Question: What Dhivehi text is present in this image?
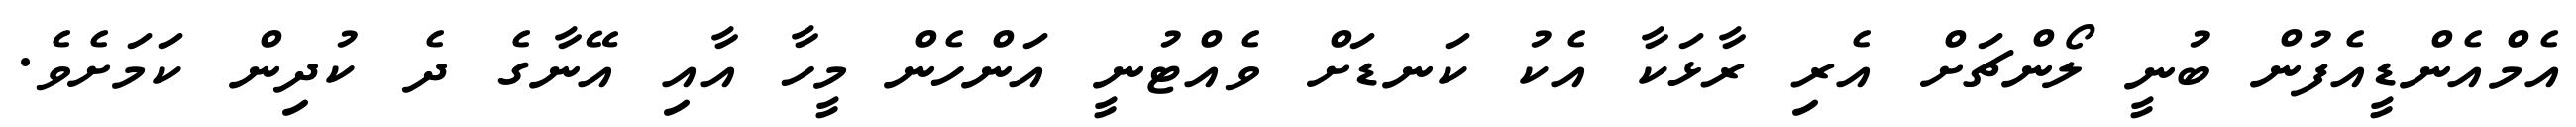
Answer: އެމްއެންޑީއެފުން ބުނީ ލޯންޗަށް އެރި ރާޅަކާ އެކު ކަނޑަށް ވެއްޓުނީ އަންހެން މީހާ އާއި އޭނާގެ ދެ ކުދިން ކަމަށެވެ.